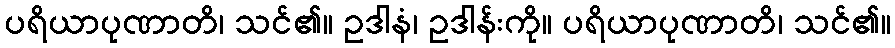
ပရိယာပုဏာတိ၊ သင်၏။ ဥဒါနံ၊ ဥဒါန်းကို။ ပရိယာပုဏာတိ၊ သင်၏။